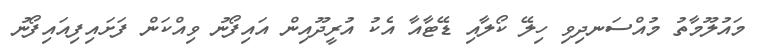
މައުލޫމާތު މުއްސަނދިވި ހިލޭ ކޯލާއި ޑޭޓާއާ އެކު އުރީދޫއިން އައިފޯނު ވިއްކަން ފަށައިފިއައިފޯނު